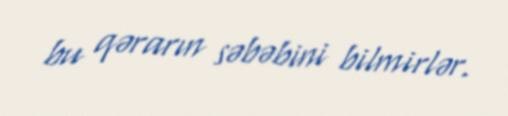
bu qərarın səbəbini bilmirlər.